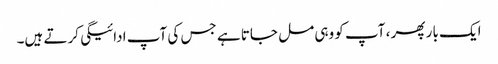
ایک بار پھر ، آپ کو وہی مل جاتا ہے جس کی آپ ادائیگی کرتے ہیں۔